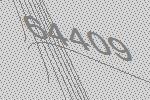
64409